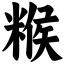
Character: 糇